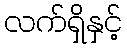
လက်ရှိနှင့်